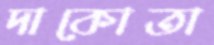
দাকোতা